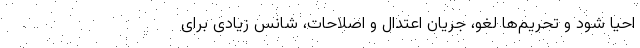
احیا شود و تحریم‌ها لغو، جریان اعتدال و اصلاحات، شانس زیادی برای